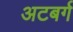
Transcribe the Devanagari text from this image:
अटबर्ग